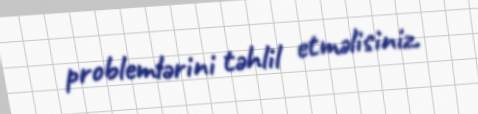
problemlərini təhlil etməlisiniz.